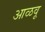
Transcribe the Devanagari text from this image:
आळवू